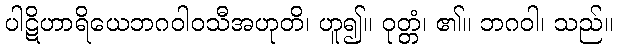
ပါဋိဟာရိယေဘဂဝါဝသီအဟုတိ၊ ဟူ၍။ ဝုတ္တံ၊ ၏။ ဘဂဝါ၊ သည်။